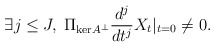
\begin{align*}\exists j \leq J, \; \Pi_{\mathrm{ker} A^{\perp}} \frac{d^j}{dt^j} X_t |_{t = 0} \neq 0. \end{align*}